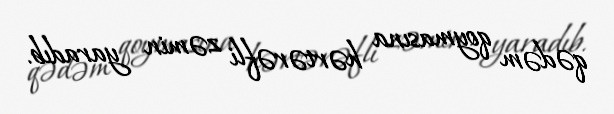
qədəm qoymasına hərtərəfli zəmin yaradıb.